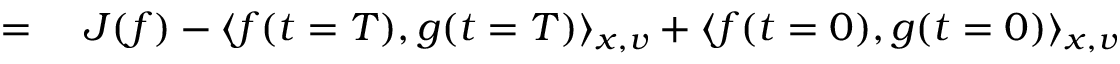
\begin{array} { r l } { = } & { { } \, \, J ( f ) - \langle f ( t = T ) , g ( t = T ) \rangle _ { x , v } + \langle f ( t = 0 ) , g ( t = 0 ) \rangle _ { x , v } } \end{array}